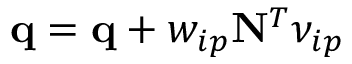
\mathbf { q } = \mathbf { q } + w _ { i p } \mathbf { N } ^ { T } \nu _ { i p }